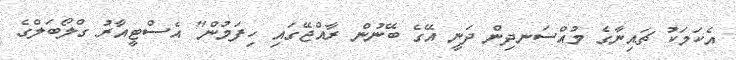
އެކަމަކު ޗައިނާގެ މުއްސަނދިން ދަނީ އޭގެ ބޭނުން ރާއްޖޭގައި ހިފަމުން" އެސްޓީއާރު ގްލޯބަލްގެ